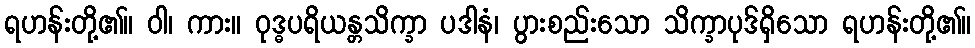
ရဟန်းတို့၏။ ဝါ၊ ကား။ ဝုဒ္ဓပရိယန္တသိက္ခာ ပဒါနံ၊ ပွားစည်းသော သိက္ခာပုဒ်ရှိသော ရဟန်းတို့၏။